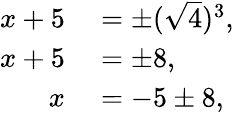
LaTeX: \begin{array}{rl}{x+5}&{{}=\pm({\sqrt{4}})^{3},}\\ {x+5}&{{}=\pm 8,}\\ {x}&{{}=-5\pm 8,}\end{array}